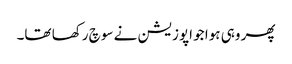
پھر وہی ہوا جو اپوزیشن نے سوچ رکھا تھا۔